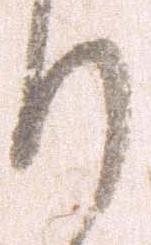
り